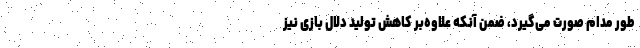
طور مدام صورت می‌گیرد، ضمن آنکه علاوه‌بر کاهش تولید دلال بازی نیز